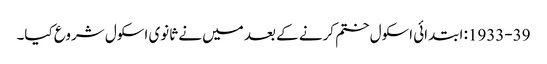
1933-39: ابتدائی اسکول ختم کرنے کے بعد میں نے ثانوی اسکول شروع کیا۔